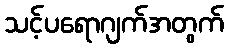
သင့်ပရောဂျက်အတွက်